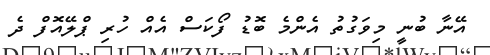
އޭނާ ބުނީ މިވަގުތު އެންމެ ބޮޑު ފޯކަސް އެއް ހުރި ޕްލޭއޮފް ދެ